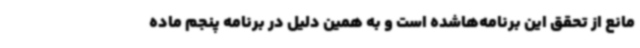
مانع از تحقق این برنامه‌هاشده است و به همین دلیل در برنامه پنجم ماده